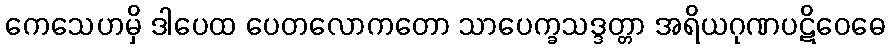
ကေသေဟမှိ ဒါပေထ ပေတလောကတော သာပေက္ခသဒ္ဒတ္တာ အရိယဂုဏပဋိဝေဓေ